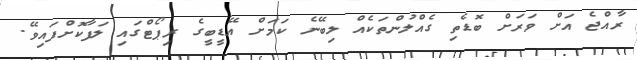
ރާއްޖެ އަށް ވަރަށް ބޮޑެތި ގެއްލުންތަކެއް ލިބޭނެ ކަމަށް އޭޑީބީގެ ރިޕޯޓްގައި ލަފާކޮށްފައިވޭ.